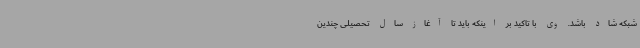
شبکه شاد باشد. وی با تاکید بر اینکه باید تا آغاز سال تحصیلی چندین